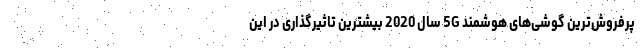
پرفروش‌ترین گوشی‌های هوشمند 5G سال 2020 بیشترین تاثیرگذاری در این